Report of the Indian Hemp Drugs Commission, 1894-1895 - Volume V
Year: 1894
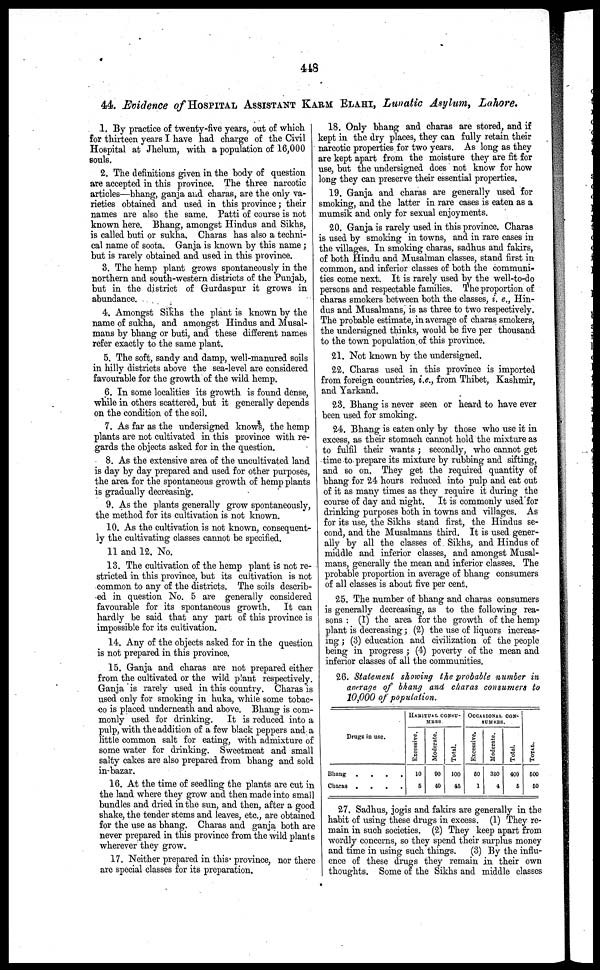
448
44. Evidence of HOSPITAL ASSISTANT KARM ELAHI, Lwatic Asylum, Lahore.
1. By practice of twenty-five years, out of which
for thirteen years I have had charge of the Civil
Hospital at Jhelum, with a population of 16,000
souls.
2. The definitions given in the body of question
are accepted in this province. The three narcotic
articles—bhang, ganja and charas, are the only va-
rieties obtained and used in this province; their
names are also the same. Patti of course is not
known here. Bhang, amongst Hindus and Sikhs,
is called buti or sukha. Charas has also a techni-
cal name of soota. Ganja is known by this name ;
but is rarely obtained and used in this province.
3. The hemp plant grows spontaneously in the
northern and south-western districts of the Punjab,
but in the district of Gurdaspur it grows in
abundance.
4. Amongst Sikhs the plant is known by the
name of sukha, and amongst Hindus and Musal-
mans by bhang or buti, and these different names
refer exactly to the same plant.
5. The soft, sandy and damp, well-manured soils
in hilly districts above the sea-level are considered
favourable for the growth of the wild hemp.
6. In some localities its growth is found dense,
while in others scattered, but it generally depends
on the condition of the soil.
7. As far as the undersigned knows, the hemp
plants are not cultivated in this province with re-
gards the objects asked for in the question.
8. As the extensive area of the uncultivated land
is day by day prepared and used for other purposes,
the area for the spontaneous growth of hemp plants
is gradually decreasing.
9. As the plants generally grow spontaneously,
the method for its cultivation is not known.
10. As the cultivation is not known, consequent-
ly the cultivating classes cannot be specified.
11 and 12. No.
13. The cultivation of the hemp plant is not re-
stricted in this province, but its cultivation is not
common to any of the districts. The soils describ-
ed in question No. 5 are generally considered
favourable for its spontaneous growth. It can
hardly be said that any part of this province is
impossible for its cultivation.
14. Any of the objects asked for in the question
is not prepared in this province.
15. Ganja and charas are not prepared either
from the cultivated or the wild plant respectively.
Ganja is rarely used in this country. Charas is
used only for smoking in huka, while some tobac-
co is placed underneath and above. Bhang is com-
monly used for drinking.
It is reduced into a
pulp, with the addition of a few black peppers and a
little common salt for eating, with admixture of
some water for drinking. Sweetmeat and small
salty cakes are also prepared from bhang and sold
in-bazar.
16. At the time of seedling the plants are cut in
the land where they grow and then made into small
bundles and dried in the sun, and then, after a good
shake, the tender stems and leaves, etc., are obtained
for the use as bhang. Charas and ganja both are
never prepared in this province from the wild plants
wherever they grow.
17. Neither prepared in this province, nor there
are special classes for its preparation.
18. Only bhang and charas are stored, and if
kept in the dry places, they can fully retain their
narcotic properties for two years. As long as they
are kept apart from the moisture they are fit for
use, but the undersigned does not know for how
long they can preserve their essential properties.
19. Ganja and charas are generally used for
smoking, and the latter in rare cases is eaten as a
mumsik and only for sexual enjoyments.
20. Ganja is rarely used in this province. Charas
is used by smoking in towns, and in rare cases in
the villages. In smoking charas, sadhus and fakirs,
of both Hindu and Musalman classes, stand first in
common, and inferior classes of both the communi-
ties come next. It is rarely used by the well-to-do
persons and respectable families. The proportion of
charas smokers between both the classes, i. e., Hin-
dus and Musalmans, is as three to two respectively.
The probable estimate, in average of charas smokers,
the undersigned thinks, would be five per thousand
to the town population of this province.
21. Not known by the undersigned.
22. Charas used in this province is imported
from foreign countries, i.e., from Thibet, Kashmir,
and Yarkand.
23. Bhang is never seen or heard to have ever
been used for smoking.
24. Bhang is eaten only by those who use it in
excess, as their stomach cannot hold the mixture as
to fulfil their wants ; secondly, who cannot get
time to prepare its mixture by rubbing and sifting,
and so on. They get the required quantity of
bhang for 24 hours reduced into pulp and eat out
of it as many times as they require it during the
course of day and night. It is commonly used for
drinking purposes both in towns and villages. As
for its use, the Sikhs stand first, the Hindus se-
cond, and the Musalmans third. It is used gener-
ally by all the classes of Sikhs, and Hindus of
middle and inferior classes, and amongst Musal-
mans, generally the mean and inferior classes. The
probable proportion in average of bhang consumers
of all classes is about five per cent.
25. The number of bhang and charas consumers
is generally decreasing, as to the following rea-
sons : (1) the area for the growth of the hemp
plant is decreasing; (2) the use of liquors increas-
ing ; (3) education and civilization of the people
being in progress ; (4) poverty of the mean and
inferior classes of all the communities.
26. Statement showing the probable number in
average of bhang and charas consumers to
10.000 of population.
Drugs in use.
Bhang
....
Charas
....
HABITUAL CONSU-
MESS
Excessive.
10
6
Moderate.
90
40
Total.
100
45
OCCASIONAL COM-
SUMERS.
Excessive,
60
1
Moderate.
350
4
Total.
400
6
TOTAL.
600
60
27. Sadhus, jogis and fakirs are generally in the
habit of using these drugs in excess. (1) They re-
main in such societies. (2) They keep apart from
wordly concerns, so they spend their surplus money
and time in using such things. (3) By the influ-
ence of these drugs they remain in their own
thoughts. Some of the Sikhs and middle
classes